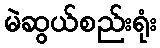
မဲဆွယ်စည်းရုံး